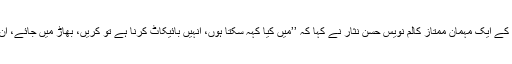
البتہ پروگرام کے ایک مہمان ممتاز کالم نویس حسن نثار نے کہا کہ ’’میں کیا کہہ سکتا ہوں، انہیں بائیکاٹ کرنا ہے تو کریں، بھاڑ میں جائے، ان کی مرضی۔